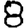
Digit: 8